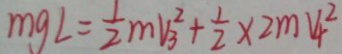
m g L = \frac { 1 } { 2 } m V _ { 3 } ^ { 2 } + \frac { 1 } { 2 } \times 2 m V ^ { 2 } _ { 4 }